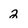
Character: 2